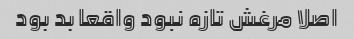
اصلا مرغش تازه نبود واقعا بد بود